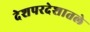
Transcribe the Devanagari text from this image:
देशपरदेशातले